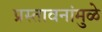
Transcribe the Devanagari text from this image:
प्रस्तावनांमुळे